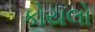
કોયલો